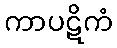
ကာပဋိကံ